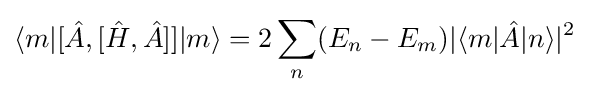
\langle m|[{\hat {A}},[{\hat {H}},{\hat {A}}]]|m\rangle =2\sum _{n}(E_{n}-E_{m})|\langle m|{\hat {A}}|n\rangle |^{2}